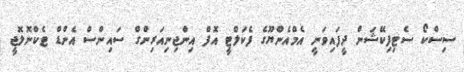
ސިސްކޯ ސެޓިފިކޭޝަން ދީފައިވަނީ އެމްއެންޔޫގެ ފެކަލްޓީ އޮފް އިންޖިނިއަރިންގް ސައިންސް އެންޑް ޓެކްނޮލޮޖީ